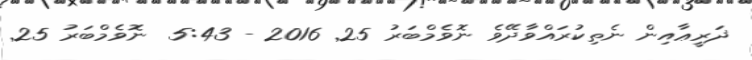
ޛަރީޢާއިން ނެތިކުރައްވަަާދޭވެ ނޮވެމްބަރު 25